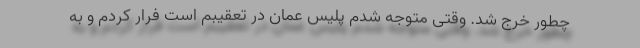
چطور خرج شد. وقتی متوجه شدم پلیس عمان در تعقیبم است فرار کردم و به